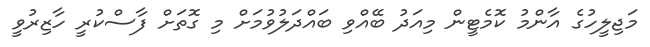
މަޖިލީހުގެ އާންމު ކޮމެޓީން މިއަދު ބޭއްވި ބައްދަލުވުމަށް މި ގޮތަށް ފާސްކުރީ ހާޒިރުވީ